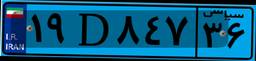
۱۹D۸۴۷۳۶